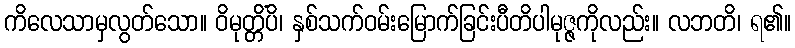
ကိလေသာမှလွတ်သော။ ဝိမုတ္တိံပိ၊ နှစ်သက်ဝမ်းမြောက်ခြင်းပီတိပါမုဇ္ဇကိုလည်း။ လဘတိ၊ ရ၏။